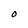
Character: O